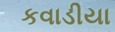
કવાડીયા